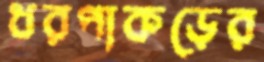
ধরপাকড়ের